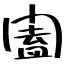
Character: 闔